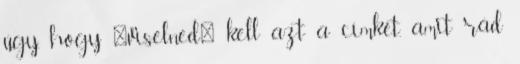
úgy, hogy 'viselned' kell azt a címkét, amit rád